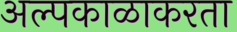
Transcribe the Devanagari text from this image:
अल्पकाळाकरता